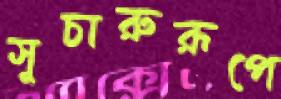
সুচারুরূপে